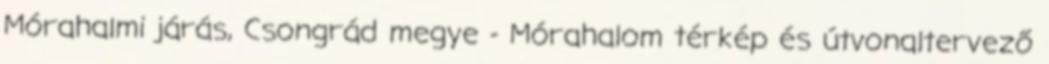
Mórahalmi járás, Csongrád megye - Mórahalom térkép és útvonaltervező